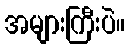
အများကြီးပဲ။